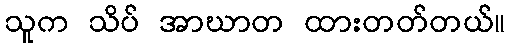
သူက သိပ် အာဃာတ ထားတတ်တယ်။